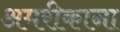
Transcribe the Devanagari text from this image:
अमरीकाना